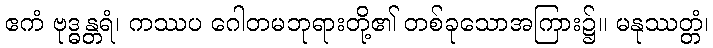
ဧကံ ဗုဒ္ဓန္တရံ၊ ကဿပ ဂေါတမဘုရားတို့၏ တစ်ခုသောအကြား၌။ မနုဿတ္တံ၊